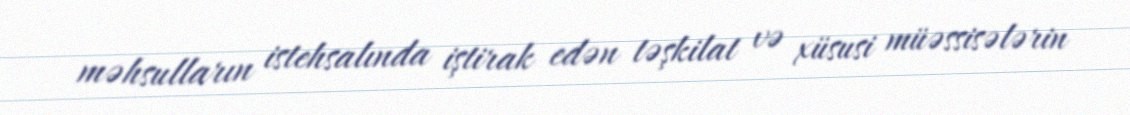
məhsulların istehsalında iştirak edən təşkilat və xüsusi müəssisələrin